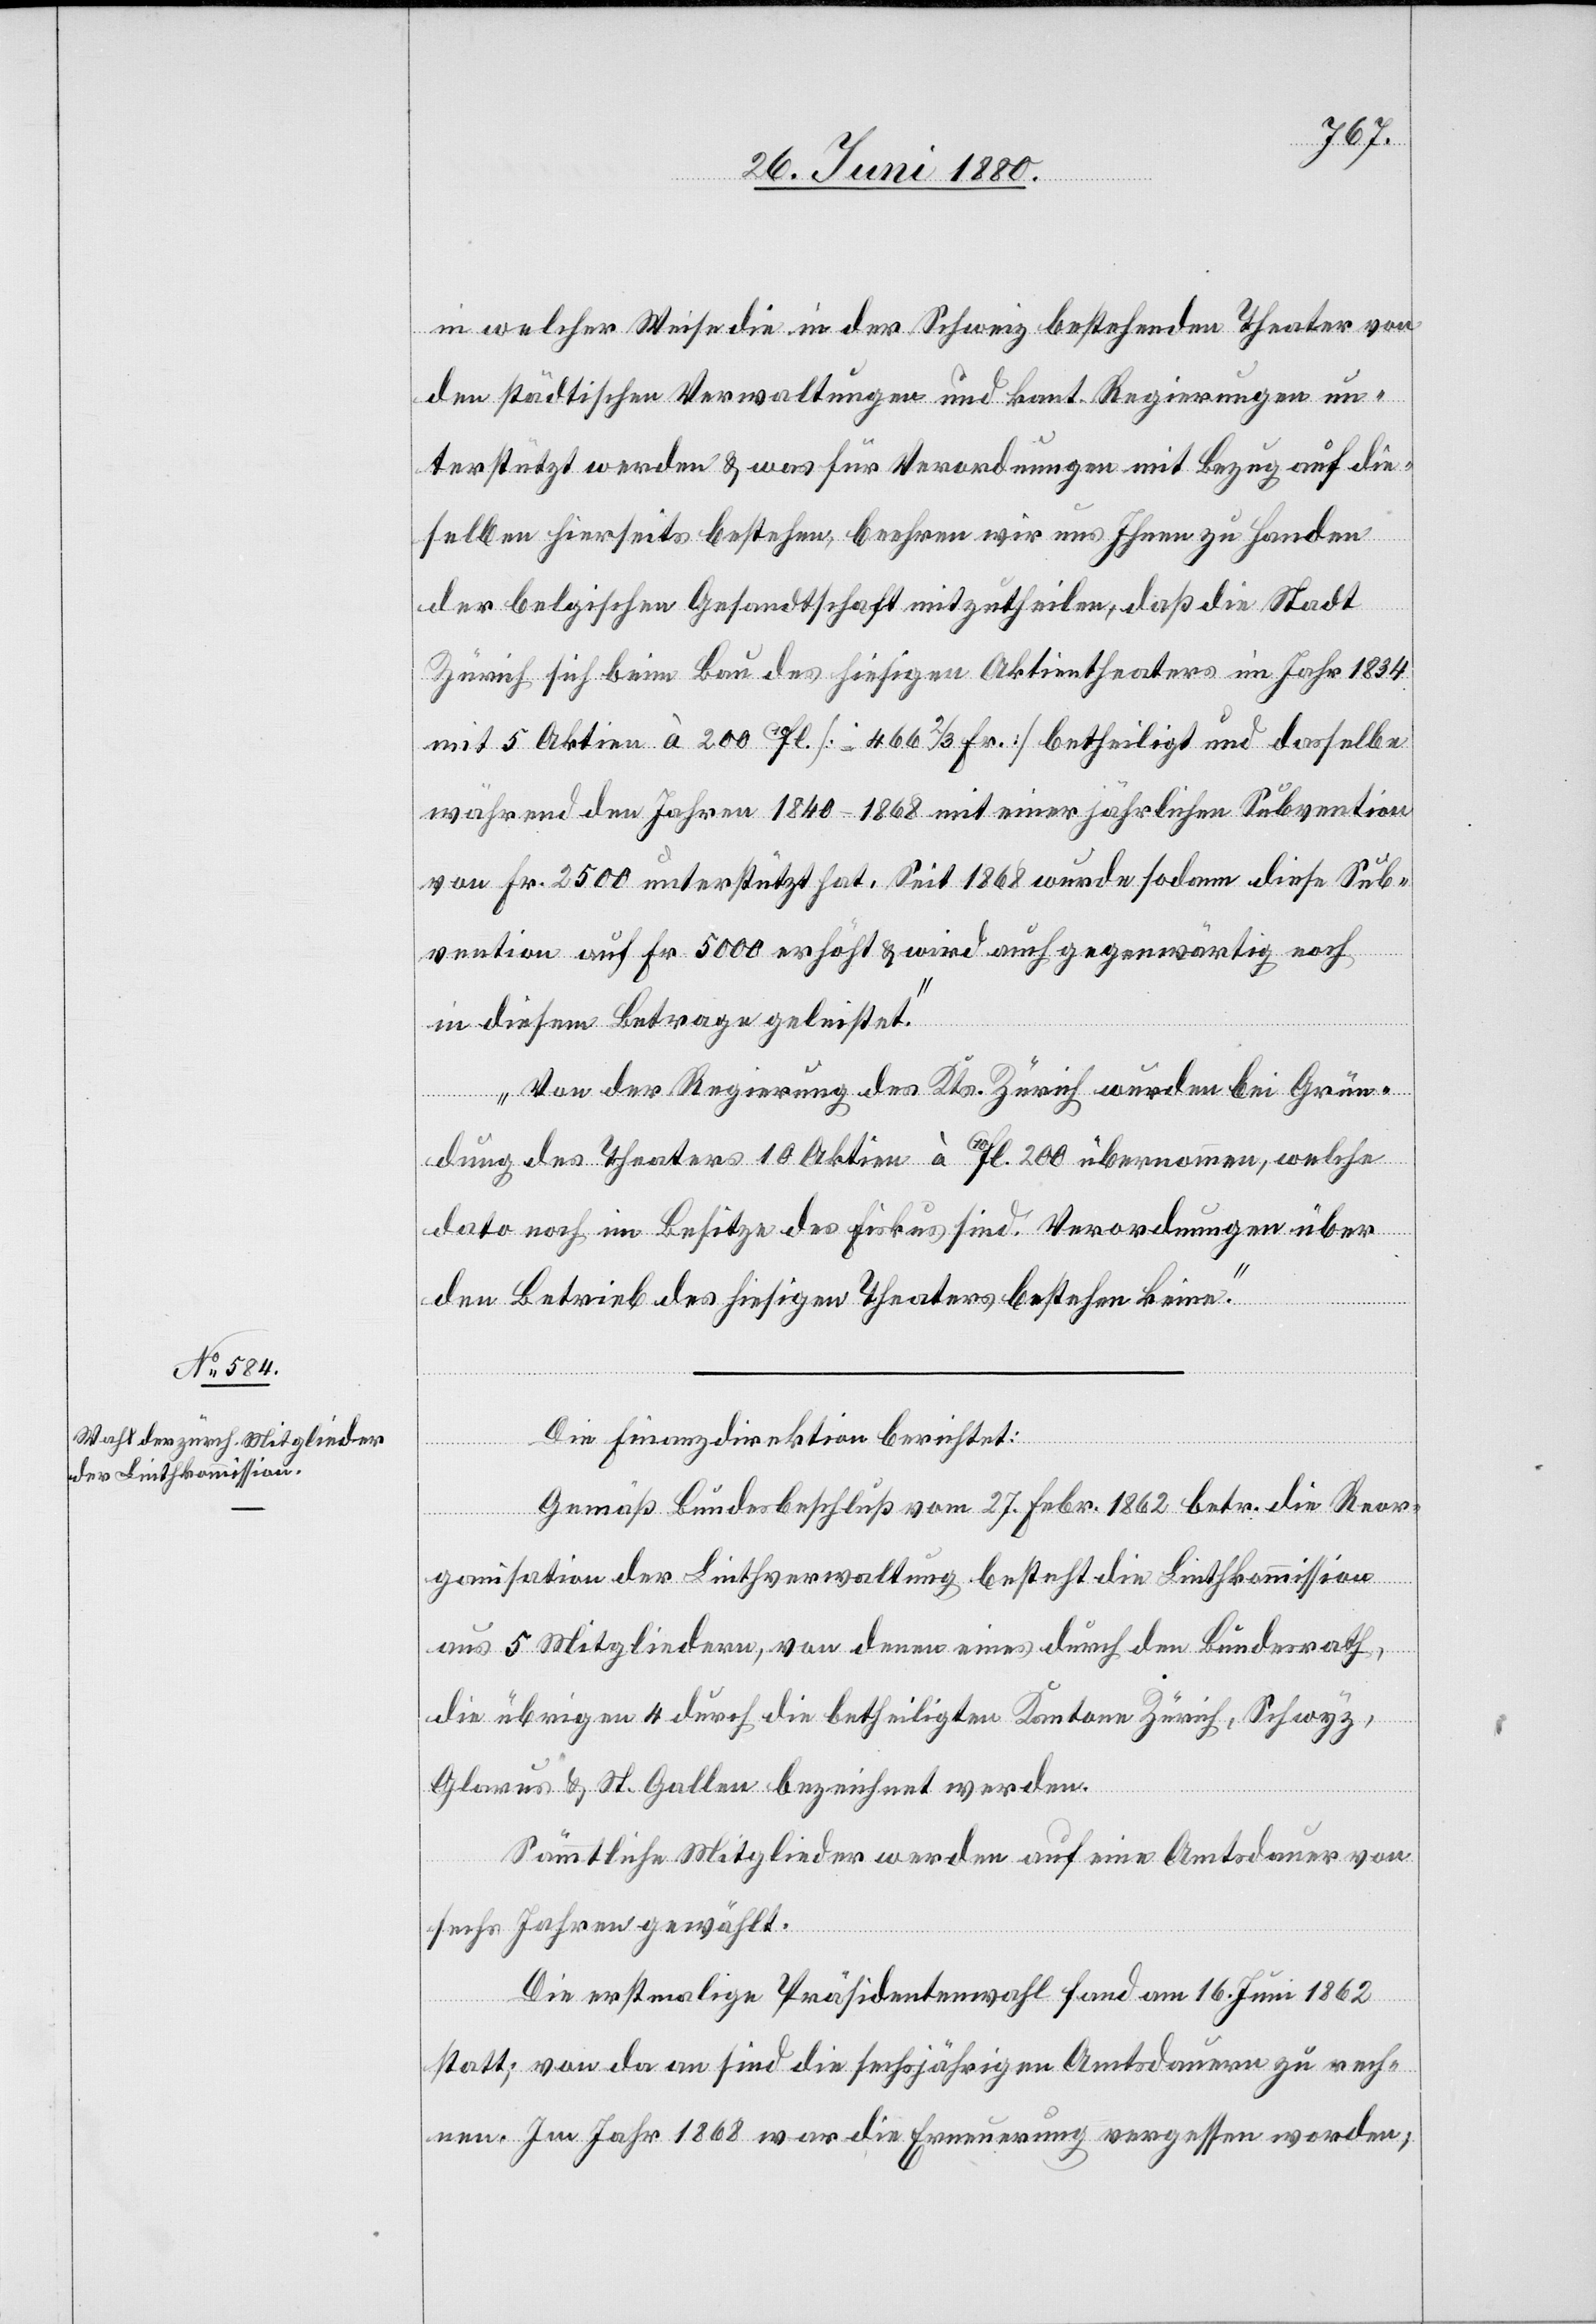
in welcher Weise die in der Schweiz bestehenden Theater von
den städtischen Verwaltungen und kant. Regierungen un¬
terstützt werden & was für Verordnungen mit Bezug auf die¬
selben hierseits bestehen, beehren wir uns Ihnen zu Handen
der belgischen Gesandtschaft mitzutheilen, daß die Stadt
Zürich sich beim Bau des hiesigen Aktientheaters im Jahr 1834
mit 5 Aktien à 200 fl. [= 466 2/3 Fr.] betheiligt und dasselbe
während den Jahren 1840–1868 mit einer jährlichen Subvention
von Fr. 2500 unterstützt hat. Seit 1868 wurde sodann diese Sub¬
vention auf Fr. 5000 erhöht & wird auch gegenwärtig noch
in diesem Betrage geleistet.
Von der Regierung des Kts. Zürich wurden bei Grün¬
dung des Theaters 10 Aktien à fl. 200 übernommen, welche
dato noch im Besitze des Fiskus sind. Verordnungen über
den Betrieb des hiesigen Theaters bestehen keine.“
Die Finanzdirektion berichtet:
Gemäß Bundesbeschluß vom 27. Febr. 1862 betr. die Reor¬
ganisation der Linthverwaltung besteht die Linthkommission
aus 5 Mitgliedern, von denen eines durch den Bundesrath,
die übrigen 4 durch die betheiligten Kantone Zürich, Schwyz,
Glarus & St. Gallen bezeichnet werden.
Sämmtliche Mitglieder werden auf eine Amtsdauer von
sechs Jahren gewählt.
Die erstmalige Präsidentenwahl fand am 16. Juni 1862
statt; von da an sind die sechsjährigen Amtsdauern zu rech¬
nen. Im Jahr 1868 war die Erneuerung vergessen worden;